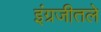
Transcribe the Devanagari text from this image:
इंग्रजीतले